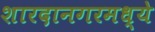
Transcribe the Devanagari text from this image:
शारदानगरमध्ये